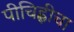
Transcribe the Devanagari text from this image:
पीचिह्लीचा